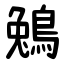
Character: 鵵